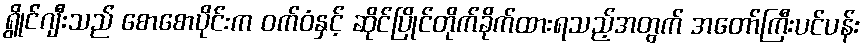
ရွိုင်ဂျီးသည် စောစောပိုင်းက ဝက်ဝံနှင့် ဆိုင်ပြိုင်တိုက်ခိုက်ထားရသည့်အတွက် အတော်ကြီးပင်ပန်း